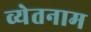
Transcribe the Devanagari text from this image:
व्येतनाम